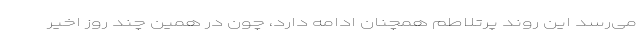
می‌رسد این روند پرتلاطم همچنان ادامه دارد، چون در همین چند روز اخیر